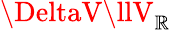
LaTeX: \DeltaV\llV_{\mathbb{R}}